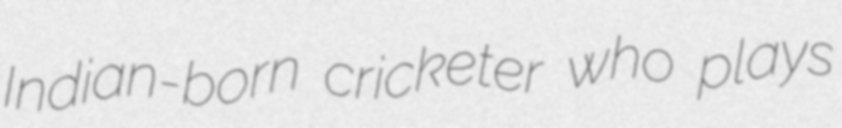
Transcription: Indian-born cricketer who plays